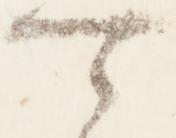
可